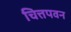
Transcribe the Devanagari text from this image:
चित्तपवन